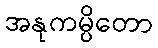
အနုကမ္ပိတော